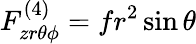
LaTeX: F_{zr\theta\phi}^{(4)}=fr^{2}\sin{\theta}